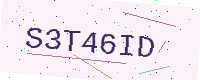
Text: S3T46ID